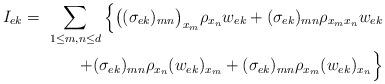
LaTeX: \begin{align*}I_{ek}=\ \sum_{1\le m,n\le d}\Big\{\bigl((\sigma_{ek})_{mn}\bigr)_{x_m}\rho_{x_n}w_{ek}+(\sigma_{ek})_{mn}\rho_{x_mx_n}w_{ek}\\+(\sigma_{ek})_{mn}\rho_{x_n}(w_{ek})_{x_m}+(\sigma_{ek})_{mn}\rho_{x_m}(w_{ek})_{x_n}\Big\}\end{align*}